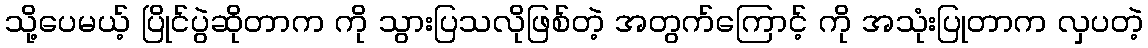
သို့ပေမယ့် ပြိုင်ပွဲဆိုတာက ကို သွားပြသလိုဖြစ်တဲ့ အတွက်ကြောင့် ကို အသုံးပြုတာက လှပတဲ့